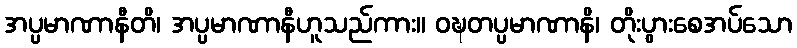
အပ္ပမာဏာနီတိ၊ အပ္ပမာဏာနီဟူသည်ကား။ ဝဍ္ဎတပ္ပမာဏာနိ၊ တိုးပွားစေအပ်သော